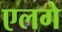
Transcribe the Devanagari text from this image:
एलगे